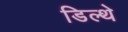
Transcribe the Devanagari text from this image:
डिल्थे